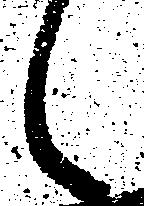
々